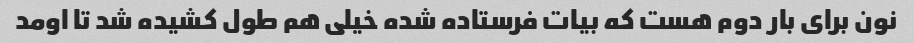
نون برای بار دوم هست که بیات فرستاده شده خیلی هم طول کشیده شد تا اومد